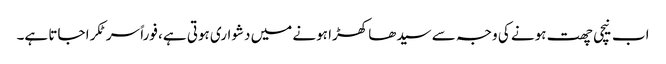
اب نیچی چھت ہونے کی وجہ سے سیدھا کھڑا ہونے میں دشواری ہوتی ہے، فوراً سر ٹکرا جاتا ہے۔